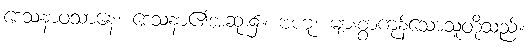
ဒေသနာဝသာနေ၊ ဒေသနာ၏အဆုံး၌။ ဗဟူ၊ များစွာကုန်သောသူတို့သည်။